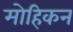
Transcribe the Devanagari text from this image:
मोहिकन